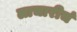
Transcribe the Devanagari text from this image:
लाचारीचं